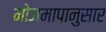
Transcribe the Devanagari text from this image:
मोजमापानुसार